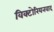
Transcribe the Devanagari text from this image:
विक्टोरियनवाद